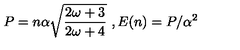
P = n \alpha \sqrt { \frac { 2 \omega + 3 } { 2 \omega + 4 } } \ , E ( n ) = P / \alpha ^ { 2 }